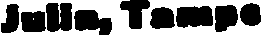
Julin, Tampe